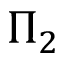
\Pi _ { 2 }